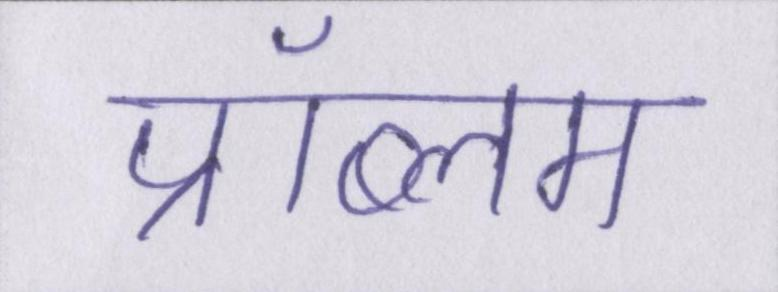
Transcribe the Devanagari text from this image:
प्रॉब्लम